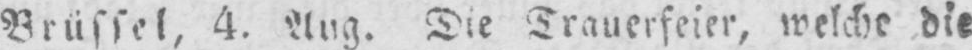
Brüssel, 4. Aug. Die Trauerfeier, welche die